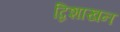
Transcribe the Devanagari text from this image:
द्विशाखन